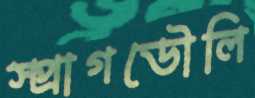
স্প্রাগডৌলি